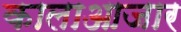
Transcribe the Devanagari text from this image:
कालाआजार